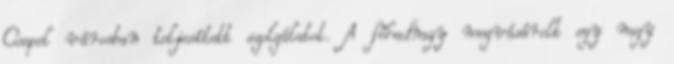
Csepel városban teljesített szolgálatot. A főhadnagy megvásárolt egy nagy